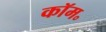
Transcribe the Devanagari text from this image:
कॉम॰